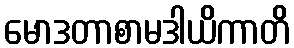
မောဒတာစာမဒါယိကာတိ